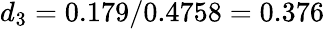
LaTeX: d_{3}=0.179/0.4758=0.376